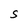
Character: S